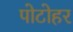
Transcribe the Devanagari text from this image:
पोटोहर